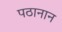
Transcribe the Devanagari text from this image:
पठानान